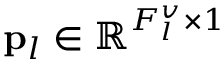
{ \bf p } _ { l } \in \mathbb { R } ^ { F _ { l } ^ { v } \times 1 }